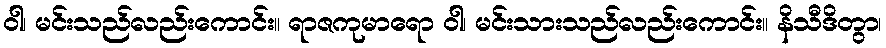
ဝါ၊ မင်းသည်လည်းကောင်း။ ရာဇကုမာရော ဝါ၊ မင်းသားသည်လည်းကောင်း။ နိသီဒိတွာ၊